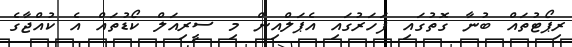
ރިޕޯޓުތައް ބުނާ ގޮތުގައި ފަހަރުގައި އެޕަލްއިން މި ސީރިއަލް ކޯޑުތައް އެ ކުއްޖާގެ